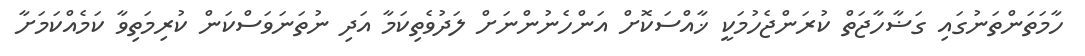
ހާމަތަންތަނުގައި ގަޟާހާޖަތް ކުރަންޖެހުމަކީ ޚާއްސަކޮށް އަންހެނުންނަށް ލަދުވެތިކަމާ އަދި ނުތަނަވަސްކަން ކުރިމަތިވާ ކަމެއްކަމަށާ